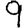
Digit: 9